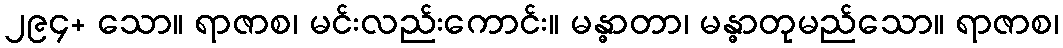
၂၉၄+ သော။ ရာဇာစ၊ မင်းလည်းကောင်း။ မန္ဓာတာ၊ မန္ဓာတုမည်သော။ ရာဇာစ၊